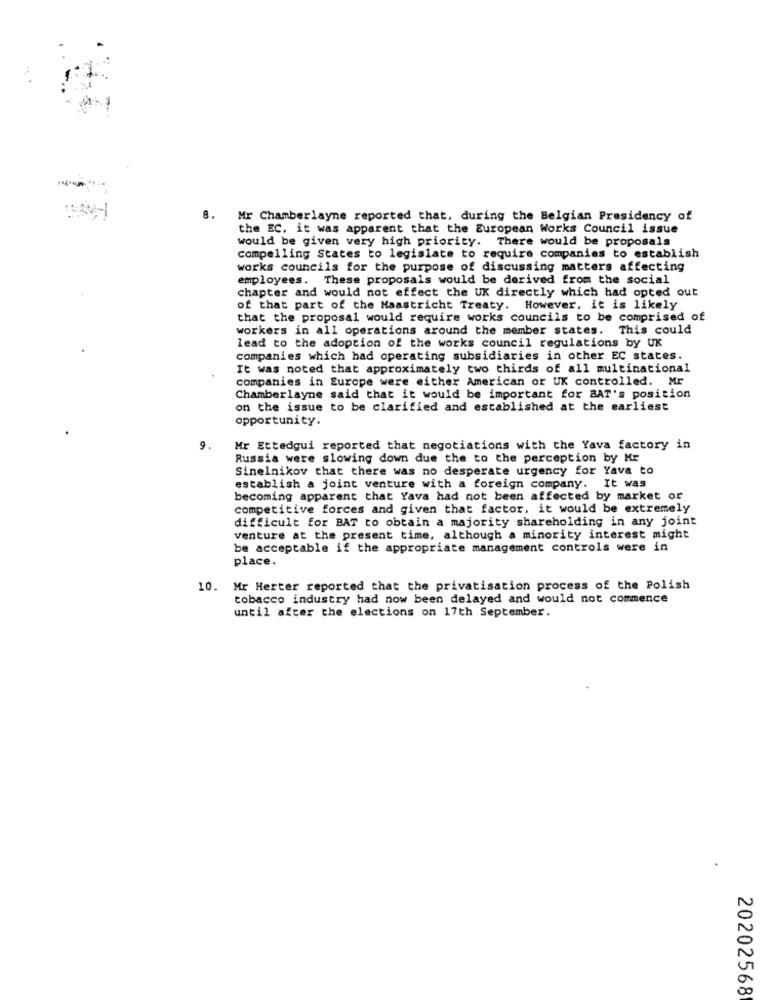
8.
Mr Chamberlayne reported that, during the Belgian Presidency of
the EC. it was apparent that the European Works Council issue
would be given very high priority. There would be proposals
compelling States to legislate to require companies to establish
works councils for the purpose of discussing matters affecting
employees. These proposals would be derived from the social
chapter and would not effect the UK directly which had opted out
of that part of the Maastricht Treaty. However, it is likely
that the proposal would require works councils to be comprised of
workers in all operations around the member states. This could
lead to the adoption of the works council regulations by UK
companies which had operating subsidiaries in other EC states.
It was noted that approximately two thirds of all multinational
companies in Europe were either American or UK controlled. Mr
Chamberlayne said that it would be important for BAT's position
on the issue to be clarified and established at the earliest
opportunity.
9.
Mr Ettedgui reported that negotiations with the Yava factory in
Russia were slowing down due the to the perception by Mr
Sinelnikov that there was no desperate urgency for Yava to
establish a joint venture with a foreign company. It was
becoming apparent that Yava had not been affected by market or
competitive forces and given that factor, it would be extremely
difficult for BAT to obtain a majority shareholding in any joint
venture at the present time, although a minority interest might
be acceptable if the appropriate management controls were in
place.
10. Mr Herter reported that the privatisation process of the Polish
tobacco industry had now been delayed and would not commence
until after the elections on 17th September.
20202568